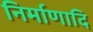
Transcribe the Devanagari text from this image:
निर्माणादि